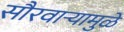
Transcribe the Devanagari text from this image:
सौरवार्‍यामुळे